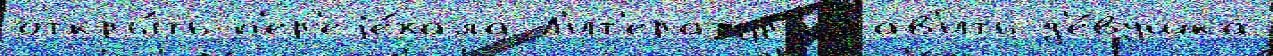
откры́ть п'ер'еjе́хала Л'ит'ератураправ'ить д'е́вушка